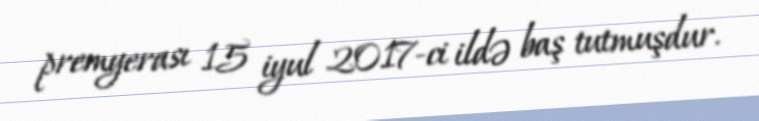
premyerası 15 iyul 2017-ci ildə baş tutmuşdur.